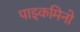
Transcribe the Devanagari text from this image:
पाइकमिनो